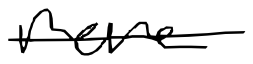
Text: more
Cross-out: single-line
Writing tool: digital_black